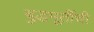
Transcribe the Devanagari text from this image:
बुद्धमूर्तीची